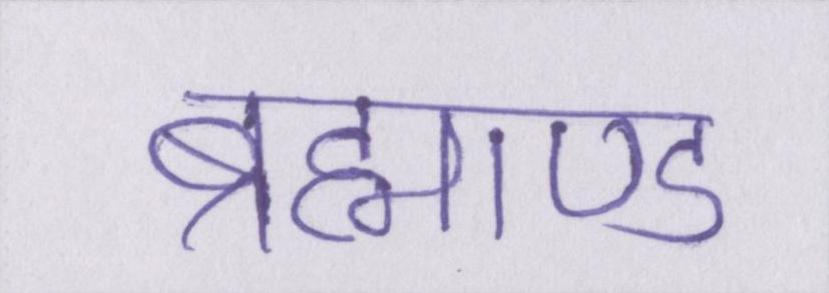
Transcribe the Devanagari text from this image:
ब्रह्माण्ड